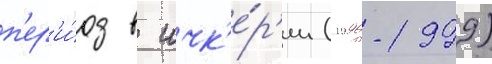
п'ер'и́од в ичк'е́р'ии (1996-1999)